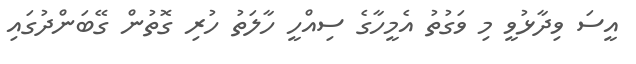
އީސަ ވިދާޅުވީ މި ވަގުތު އެމީހާގެ ސިއްހީ ހާލަތު ހުރި ގޮތުން ގޭބަންދުގައި